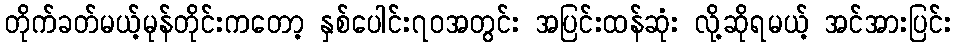
တိုက်ခတ်မယ့်မုန်တိုင်းကတော့ နှစ်ပေါင်း၇၀အတွင်း အပြင်းထန်ဆုံး လို့ဆိုရမယ့် အင်အားပြင်း